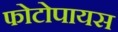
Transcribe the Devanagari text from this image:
फोटोपायस